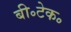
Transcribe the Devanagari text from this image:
बी॰टेक॰